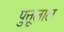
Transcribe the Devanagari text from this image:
पुत्तूलाल